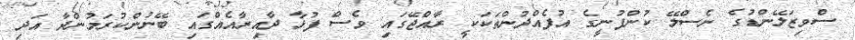
ސްވިޒަލޭންޑުގެ ނެސްލޭ ކުންފުނީގެ އުފެއްދުންތަކަކީ ރާއްޖޭގައި ވެސް ފުޅާ ދާއިރާއެއްގައި ބޭނުންކުރަމުންދާ އަދި